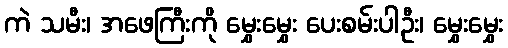
ကဲ သမီး၊ အဖေကြီးကို မွှေးမွှေး ပေးစမ်းပါဦး၊ မွှေးမွှေး